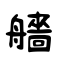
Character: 艢